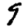
Digit: 9